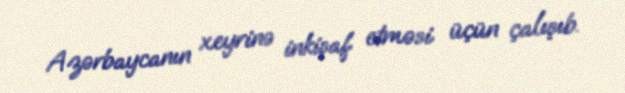
Azərbaycanın xeyrinə inkişaf etməsi üçün çalışıb.